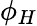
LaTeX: \phi_{H}